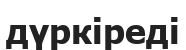
дүркіреді